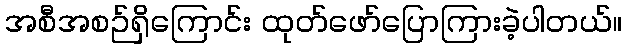
အစီအစဉ်ရှိကြောင်း ထုတ်ဖော်ပြောကြားခဲ့ပါတယ်။